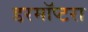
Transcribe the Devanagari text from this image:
डरमॉप्टरा